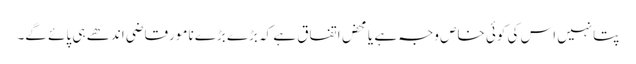
پتانہیں اس کی کوئی خاص وجہ ہے یا محض اتفاق ہے کہ بڑے بڑے نامورقاضی اندھے ہی پائے گے۔